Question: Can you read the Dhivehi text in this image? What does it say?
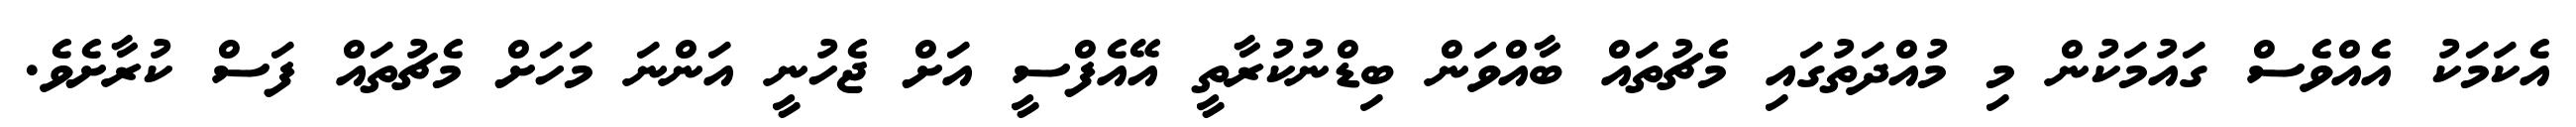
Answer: އެކަމަކު އެއްވެސް ގައުމަކުން މި މުއްދަތުގައި މެޗުތައް ބާއްވަން ބިޑްނުކުރާތީ އޭއެފްސީ އަށް ޖެހުނީ އަންނަ މަހަށް މެޗުތައް ފަސް ކުރާށެވެ.